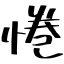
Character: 惓